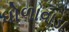
ધોળાવાડા